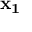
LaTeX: \mathbf { x _ { 1 } }